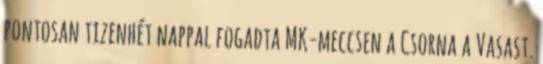
pontosan tizenhét nappal fogadta MK-meccsen a Csorna a Vasast.